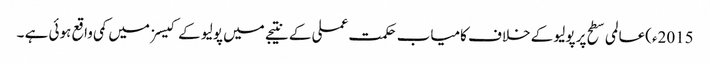
2015ء)عالمی سطح پر پولیو کے خلاف کامیاب حکمت عملی کے نتیجے میں پولیو کے کیسز میں کمی واقع ہوئی ہے ۔